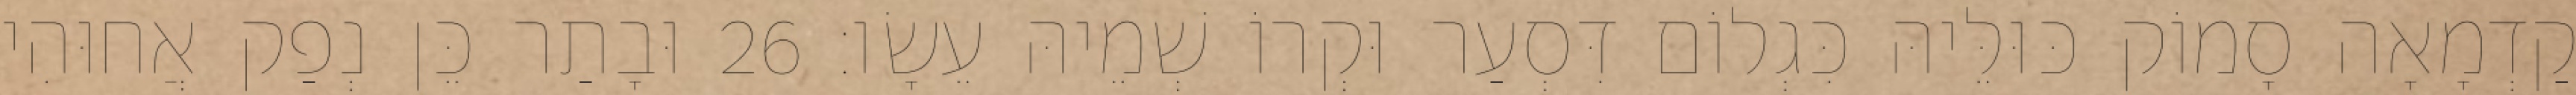
קַדְמָאָה סָמוֹק כּוּלֵּיהּ כִּגְלוֹם דִּסְעַר וּקְרוֹ שְׁמֵיהּ עֵשָׂו׃ 26 וּבָתַר כֵּן נְפַק אֲחוּהִי